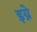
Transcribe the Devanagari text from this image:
इग्ने